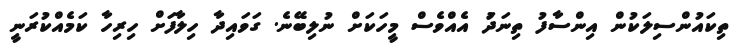
ތިކައުންސިލަކުން އިންސާފު ތިނަދަު އެއްވެސް މީހަކަށް ނުލިބޭނެ. ގަވައިދާ ހިލާފަށް ހިރިހާ ކަމެއްކުރަނީ